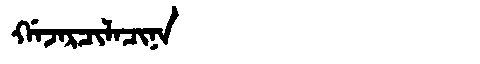
Manchu: ᡤᠠᠵᠠᡵᠴᡳᠯᠠᠴᡳᠨᠠ
Romanization: GAJARCILACINA